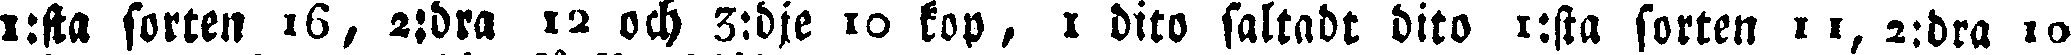
1:sta sorten 16, 2:dra 12 och 3:dje 10 kop, 1 dito saltadt dito 1:sta sorten 11, 2:dra 10